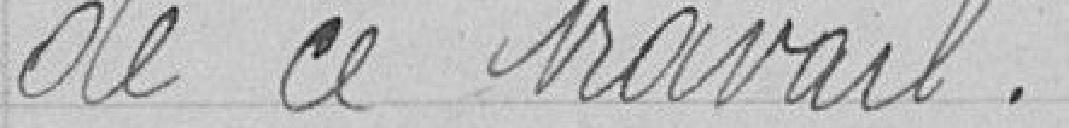
de ce travail.